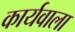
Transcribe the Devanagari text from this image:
कार्यवाला